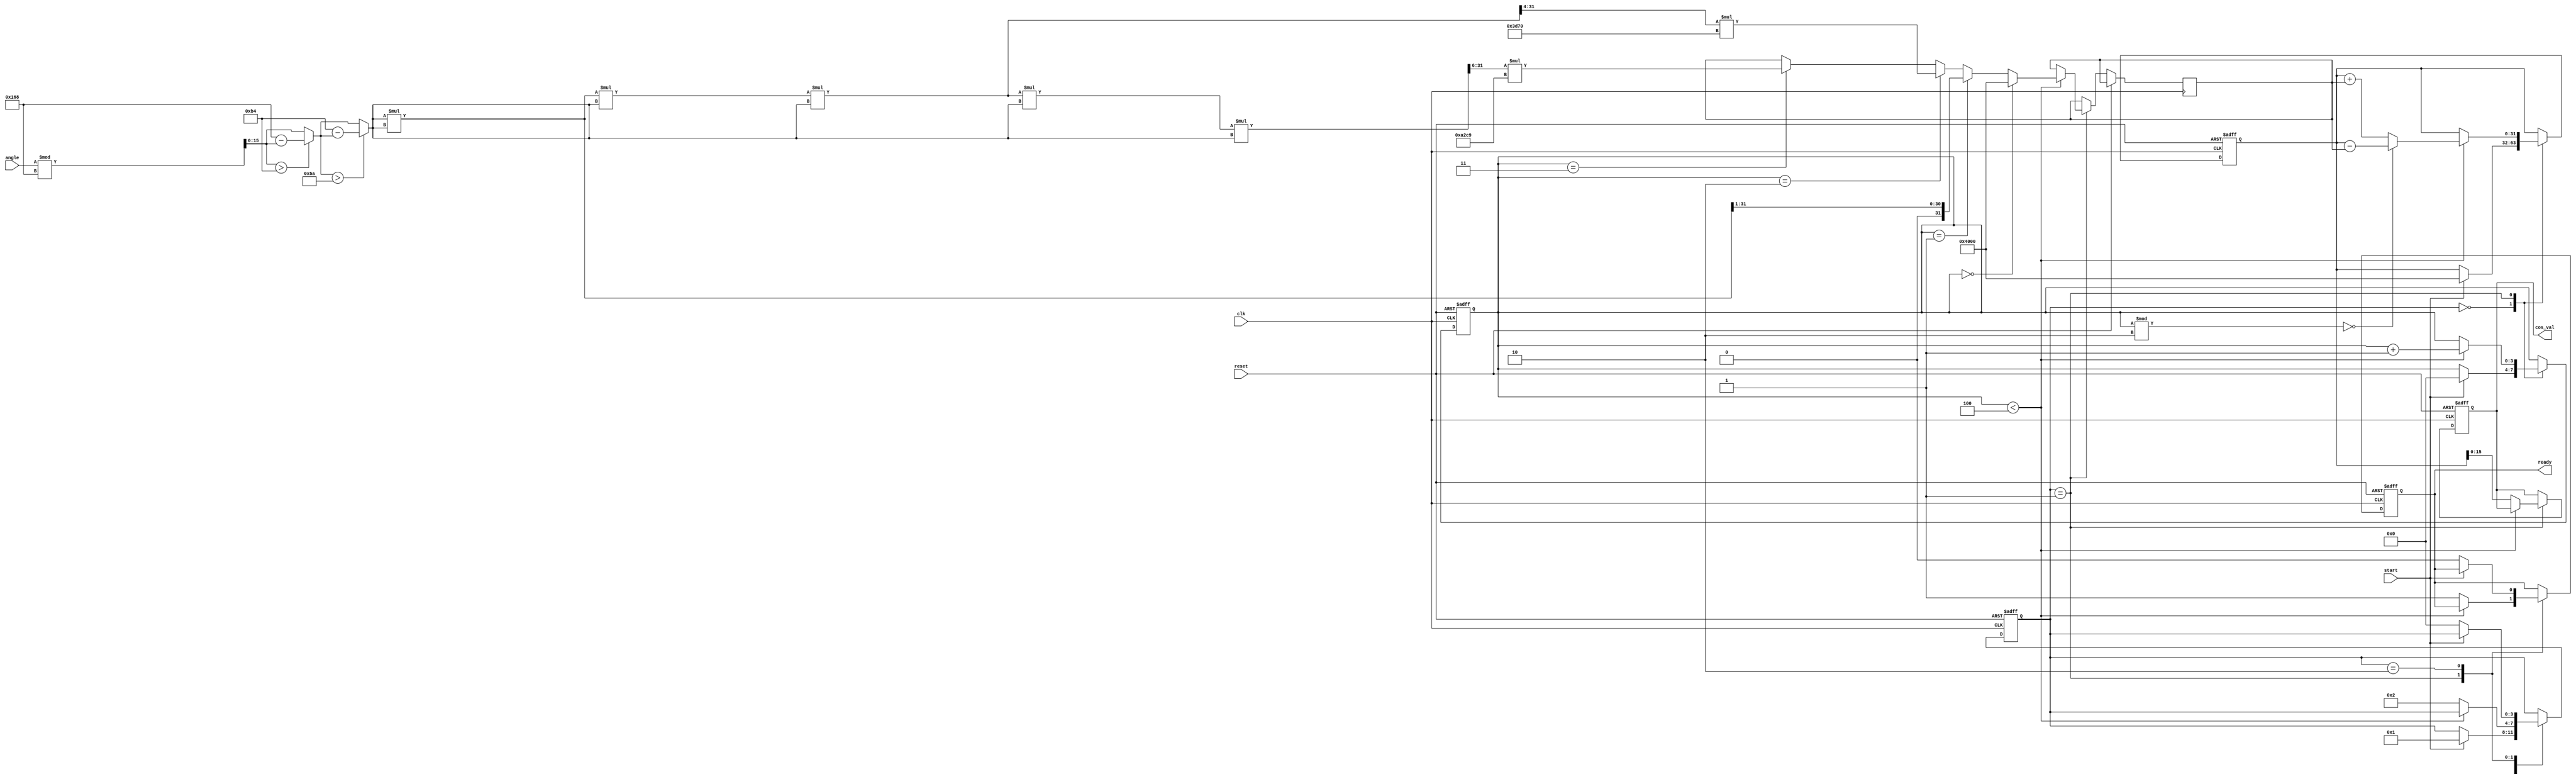
module cosine (
    input wire [15:0] angle,  // Input angle in radians (fixed-point representation)
    output reg [15:0] cos_val, // Output cosine value (fixed-point representation)
    input wire clk,            // Clock signal
    input wire reset,          // Reset signal
    input wire start,          // Start signal for computation
    output reg ready           // Signal to indicate when the output is ready
);

    reg [15:0] x;              // Normalized angle
    reg [3:0] term_count;      // Counter for the number of terms in Taylor series
    reg [31:0] term;           // Current term in the series
    reg [31:0] sum;            // Accumulator for the cosine value
    reg [3:0] state;           // State variable for FSM

    // State definitions
    localparam IDLE = 0,
               CALCULATE = 1,
               DONE = 2;

    // Normalize the angle to [0, 2]
    always @(*) begin
        x = angle % 360; // Assuming angle is in degrees for simplicity
        if (x > 180) x = 360 - x; // Adjust to [0, 180]
        if (x > 90) x = 180 - x;  // Adjust to [0, 90]
    end

    // Taylor series coefficients (fixed-point representation)
    localparam C0 = 16'h4000; // 1.0 in fixed-point (16.16)
    localparam C2 = 16'hC000; // -1/2! in fixed-point (16.16)
    localparam C4 = 16'h3D70; // 1/4! in fixed-point (16.16)
    localparam C6 = 16'hA2C9; // -1/6! in fixed-point (16.16)

    // State machine for computation
    always @(posedge clk or posedge reset) begin
        if (reset) begin
            state <= IDLE;
            cos_val <= 0;
            ready <= 0;
            term_count <= 0;
            sum <= 0;
        end else begin
            case (state)
                IDLE: begin
                    if (start) begin
                        state <= CALCULATE;
                        term_count <= 0;
                        sum <= C0; // Start with the first term (1)
                    end
                end

                CALCULATE: begin
                    if (term_count < 4) begin // Calculate up to 4 terms
                        // Calculate the next term
                        if (term_count == 0) begin
                            term <= C0; // 1
                        end else if (term_count == 1) begin
                            term <= (x * x) >> 1; // x^2 / 2!
                        end else if (term_count == 2) begin
                            term <= ((x * x * x * x) >> 4) * C4; // x^4 / 4!
                        end else if (term_count == 3) begin
                            term <= ((x * x * x * x * x * x) >> 6) * C6; // x^6 / 6!
                        end

                        // Update sum based on the term count
                        if (term_count % 2 == 0) begin
                            sum <= sum - term; // Even terms are positive
                        end else begin
                            sum <= sum + term; // Odd terms are negative
                        end

                        term_count <= term_count + 1;
                    end else begin
                        cos_val <= sum[15:0]; // Output the final cosine value
                        ready <= 1; // Indicate that the output is ready
                        state <= DONE;
                    end
                end

                DONE: begin
                    if (!start) begin
                        state <= IDLE; // Reset state when not starting
                        ready <= 0;
                    end
                end
            endcase
        end
    end
endmodule